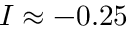
I \approx - 0 . 2 5